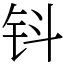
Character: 钭